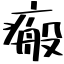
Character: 瘢